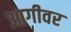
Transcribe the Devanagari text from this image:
आगीवर